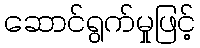
ဆောင်ရွက်မှုဖြင့်